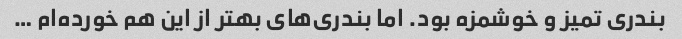
بندری تمیز و خوشمزه بود. اما بندری‌های بهتر از این هم خورده‌ام …